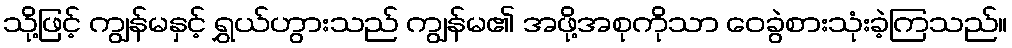
သို့ဖြင့် ကျွန်မနှင့် ရွှယ်ဟွားသည် ကျွန်မ၏ အဖို့အစုကိုသာ ဝေခွဲစားသုံးခဲ့ကြသည်။